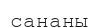
сананы